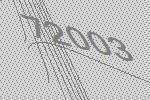
72003